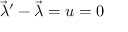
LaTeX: { \vec { \lambda } } ^ { \prime } - { \vec { \lambda } } = u = 0